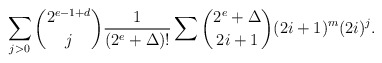
\begin{align*}\sum_{j>0}\binom{2^{e-1+d}}j\frac1{(2^e+\Delta)!}\sum\binom{2^e+\Delta}{2i+1}(2i+1)^m(2i)^j.\end{align*}